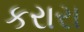
કરારા